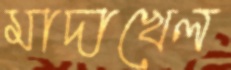
মাদাখেল